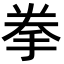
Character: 拳